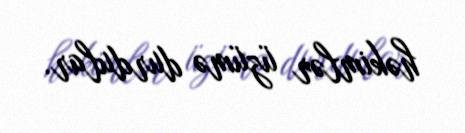
həkimlər üzümə durdular.